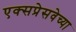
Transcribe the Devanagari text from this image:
एक्सप्रेसवेच्या